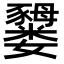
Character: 𫲜